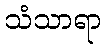
သံသာရာ